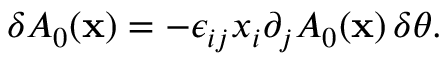
\delta A _ { 0 } ( { \bf x } ) = - \epsilon _ { i j } x _ { i } \partial _ { j } A _ { 0 } ( { \bf x } ) \, \delta \theta .